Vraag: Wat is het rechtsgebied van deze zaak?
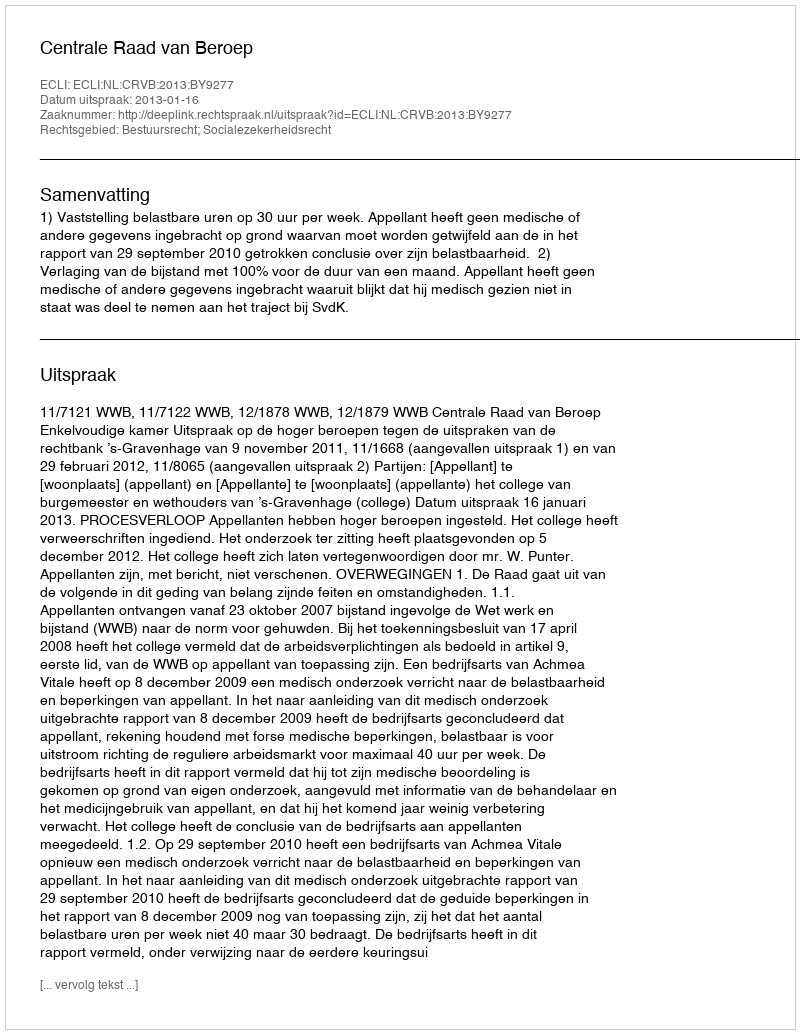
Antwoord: Bestuursrecht; Socialezekerheidsrecht